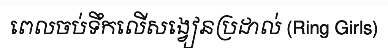
ពេលចប់ទឹកលើសង្វៀនប្រដាល់ (Ring Girls)